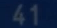
41